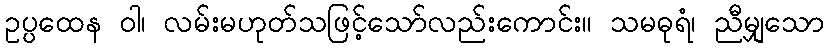
ဥပ္ပထေန ဝါ၊ လမ်းမဟုတ်သဖြင့်သော်လည်းကောင်း။ သမဓုရံ၊ ညီမျှသော